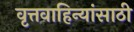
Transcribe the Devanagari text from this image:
वृत्तवाहिन्यांसाठी